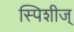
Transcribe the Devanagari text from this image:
स्पिशीज्‌